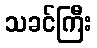
သခင်ကြီး